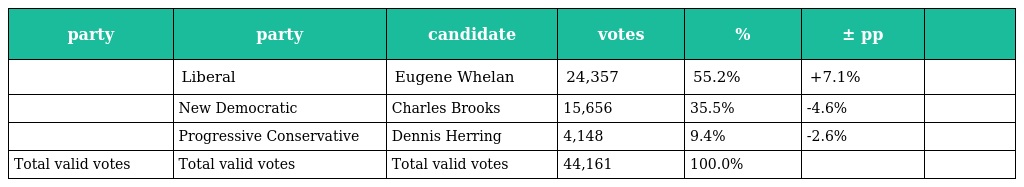
| party | party | candidate | votes | % | ± pp |  |
 | --- | --- | --- | --- | --- | --- | --- |
 |  | Liberal | Eugene Whelan | 24,357 | 55.2% | +7.1% |  |
 |  | New Democratic | Charles Brooks | 15,656 | 35.5% | -4.6% |  |
 |  | Progressive Conservative | Dennis Herring | 4,148 | 9.4% | -2.6% |  |
 | Total valid votes | Total valid votes | Total valid votes | 44,161 | 100.0% |  |  |